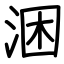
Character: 涃